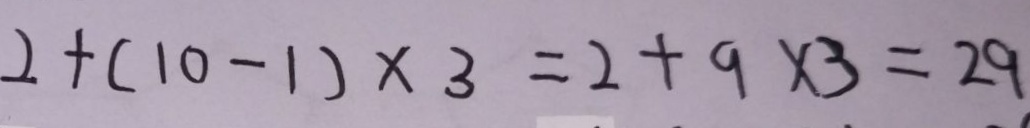
2 + ( 1 0 - 1 ) \times 3 = 2 + 9 \times 3 = 2 9